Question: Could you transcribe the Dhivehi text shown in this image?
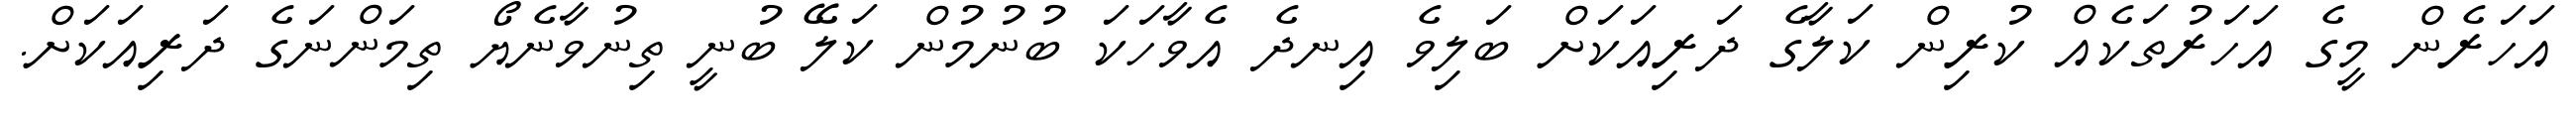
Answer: އަހަރެން މީގެ އަހަރުތަކެއް ކުރިން ކަލާގެ ދަރިއަކަށް ބަލިވެ އިނދެ އެވާހަކަ ބުނުމުން ކަލޭ ބުނީ ތިނުވާނެޔޯ ތިމަންނަގެ ދަރިއަކަށް.